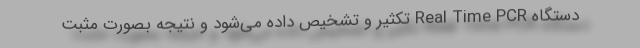
دستگاه Real Time PCR تکثیر و تشخیص داده می‌شود و نتیجه بصورت مثبت